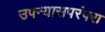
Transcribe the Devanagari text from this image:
उपन्यासपरंपरा